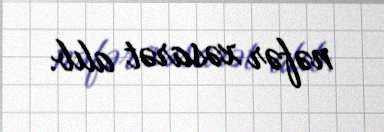
nəfər xəsarət alıb.